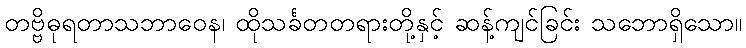
တဗ္ဗိဓုရတာသဘာဝေန၊ ထိုသင်္ခတတရားတို့နှင့် ဆန့်ကျင်ခြင်း သဘောရှိသော။